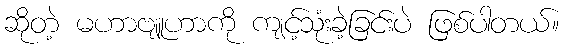
ဆိုတဲ့ မဟာဗျူဟာကို ကျင့်သုံးခဲ့ခြင်းပဲ ဖြစ်ပါတယ်။